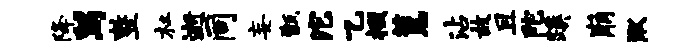
降舄整杜逝同妄甑沱乙掇蕙沾故且陀蹊崩湫